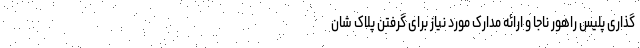
گذاری پلیس راهور ناجا و ارائه مدارک مورد نیاز برای گرفتن پلاک شان